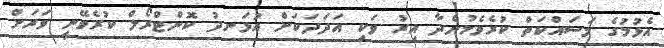
އެޅުމުގެ މަސައްކަތް ކުރެވެމުންދާ އިރު ވަކި އަދަދަކަށް އުޅަނދު ކޮންޓްރޯލް ކުރެވޭނީ ވަރަށް